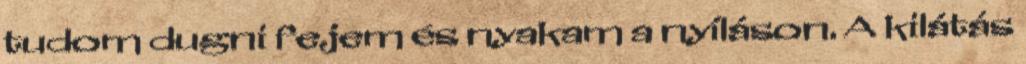
tudom dugni fejem és nyakam a nyíláson. A kilátás